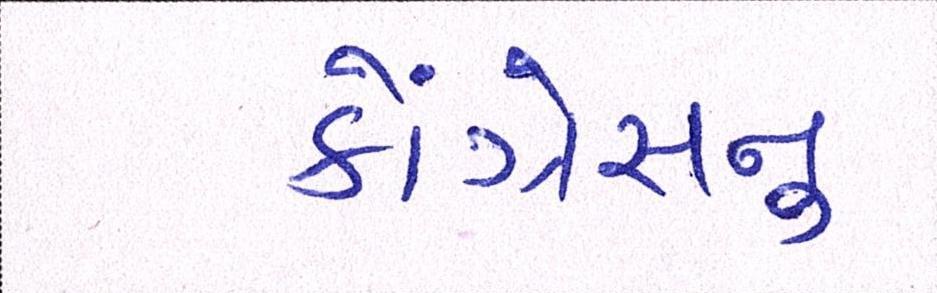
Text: કોંગ્રેસનુ